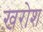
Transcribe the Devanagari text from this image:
ख़रोश